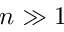
n \gg 1